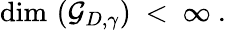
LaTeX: \mathrm{dim}\, \left({\mathcal G}_{D,\gamma}\right)\ <\ \infty\ .